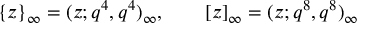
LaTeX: \{ z \} _ { \infty } = ( z ; q ^ { 4 } , q ^ { 4 } ) _ { \infty } , \qquad [ z ] _ { \infty } = ( z ; q ^ { 8 } , q ^ { 8 } ) _ { \infty }